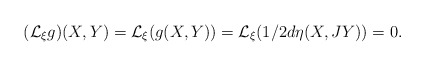
\begin{align*}(\mathcal L_\xi g)(X,Y)=\mathcal L_\xi (g(X,Y))=\mathcal L_\xi(1/2d\eta(X,JY))=0.\end{align*}